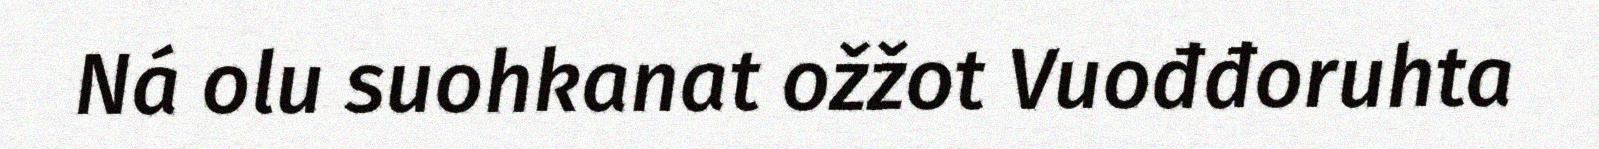
Ná olu suohkanat ožžot Vuođđoruhta